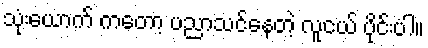
သုံးယောက် ကတော့ ပညာသင်နေတဲ့ လူငယ် ပိုင်းပါ။